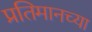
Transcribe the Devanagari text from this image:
प्रतिमानच्या